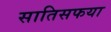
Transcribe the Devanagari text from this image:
सातिसफया